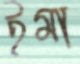
ইমা